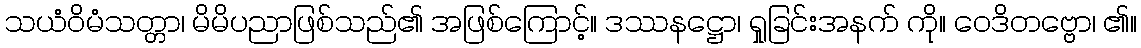
သယံဝိမံသတ္တာ၊ မိမိပညာဖြစ်သည်၏ အဖြစ်ကြောင့်။ ဒဿနဋ္ဌော၊ ရှုခြင်းအနက် ကို။ ဝေဒိတဗ္ဗော၊ ၏။